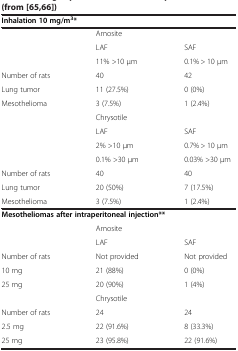
<table><thead><tr><td colspan="3"><b>Inhalation 10 mg/m<sup>3</sup>*</b></td></tr></thead><tbody><tr><td>[EMPTY_CELL]</td><td colspan="2">Amosite</td></tr><tr><td rowspan="2">[EMPTY_CELL]</td><td>LAF</td><td>SAF</td></tr><tr><td>11% &gt;10 μm</td><td>0.1% &gt; 10 μm</td></tr><tr><td>Number of rats</td><td>40</td><td>42</td></tr><tr><td>Lung tumor</td><td>11 (27.5%)</td><td>0 (0%)</td></tr><tr><td>Mesothelioma</td><td>3 (7.5%)</td><td>1 (2.4%)</td></tr><tr><td>[EMPTY_CELL]</td><td colspan="2">Chrysotile</td></tr><tr><td rowspan="3">[EMPTY_CELL]</td><td>LAF</td><td>SAF</td></tr><tr><td>2% &gt;10 μm</td><td>0.7% &gt; 10 μm</td></tr><tr><td>0.1% &gt;30 μm</td><td>0.03% &gt;30 μm</td></tr><tr><td>Number of rats</td><td>40</td><td>40</td></tr><tr><td>Lung tumor</td><td>20 (50%)</td><td>7 (17.5%)</td></tr><tr><td>Mesothelioma</td><td>3 (7.5%)</td><td>1 (2.4%)</td></tr><tr><td colspan="3"><b>Mesotheliomas after intraperitoneal injection**</b></td></tr><tr><td>[EMPTY_CELL]</td><td colspan="2">Amosite</td></tr><tr><td>[EMPTY_CELL]</td><td>LAF</td><td>SAF</td></tr><tr><td>Number of rats</td><td>Not provided</td><td>Not provided</td></tr><tr><td>10 mg</td><td>21 (88%)</td><td>0 (0%)</td></tr><tr><td>25 mg</td><td>20 (90%)</td><td>1 (4%)</td></tr><tr><td>[EMPTY_CELL]</td><td colspan="2">Chrysotile</td></tr><tr><td>Number of rats</td><td>24</td><td>24</td></tr><tr><td>2.5 mg</td><td>22 (91.6%)</td><td>8 (33.3%)</td></tr><tr><td>25 mg</td><td>23 (95.8%)</td><td>22 (91.6%)</td></tr></tbody></table>